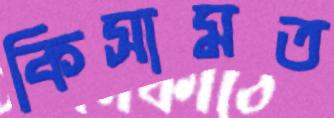
কিসামত